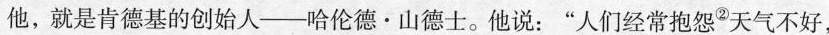
他，就是肯德基的创始人-哈伦德·山德士。他说：”人们经常抱怨^{②}天气不好，